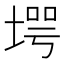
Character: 堮